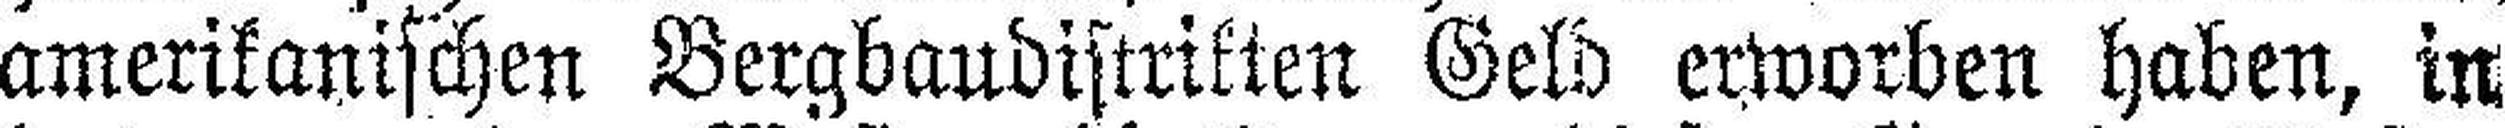
amerikanischen Bergbaudistrikten Geld erworben haben, in